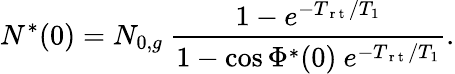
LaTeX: N^{*}(0)=N_{0,g}\ \frac{1-e^{-T_{\mathrm{~r~t~}}/T_{1}}}{1-\cos\Phi^{*}(0)\ e^{-T_{\mathrm{~r~t~}}/T_{1}}}.